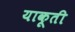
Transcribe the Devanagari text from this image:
याकूती